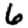
Digit: 6